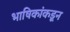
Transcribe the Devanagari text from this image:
भाषिकांकडून